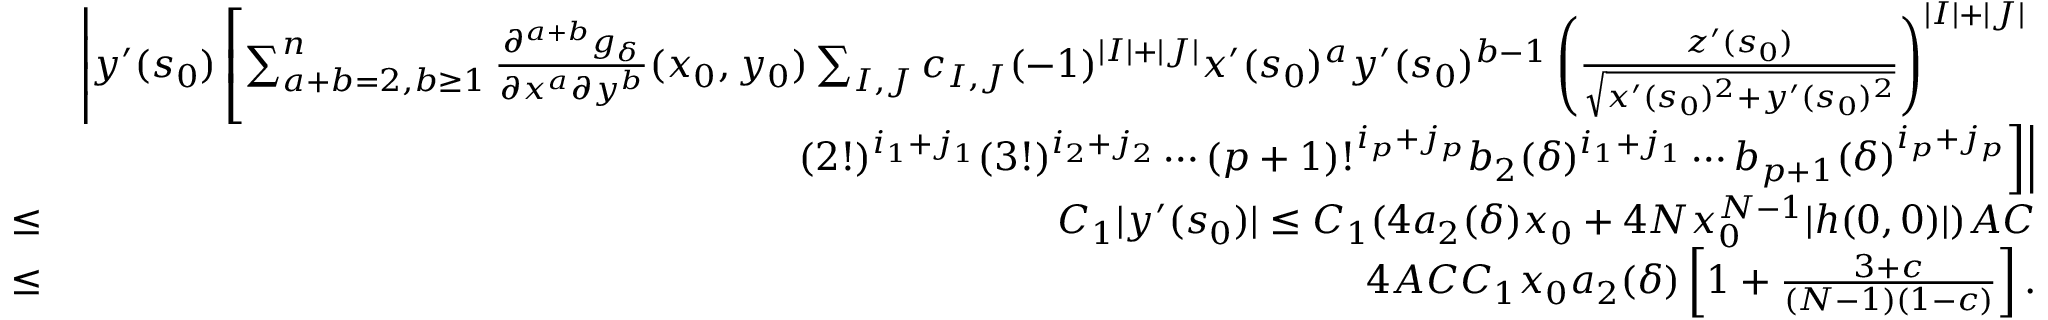
\begin{array} { r l r } & { } & { \left| y ^ { \prime } ( s _ { 0 } ) \left[ \sum _ { a + b = 2 , b \geq 1 } ^ { n } \frac { \partial ^ { a + b } g _ { \delta } } { \partial x ^ { a } \partial y ^ { b } } ( x _ { 0 } , y _ { 0 } ) \sum _ { I , J } c _ { I , J } ( - 1 ) ^ { | I | + | J | } x ^ { \prime } ( s _ { 0 } ) ^ { a } y ^ { \prime } ( s _ { 0 } ) ^ { b - 1 } \left( \frac { z ^ { \prime } ( s _ { 0 } ) } { \sqrt { x ^ { \prime } ( s _ { 0 } ) ^ { 2 } + y ^ { \prime } ( s _ { 0 } ) ^ { 2 } } } \right) ^ { | I | + | J | } \right. \right. } \\ & { } & { \left. \left. ( 2 ! ) ^ { i _ { 1 } + j _ { 1 } } ( 3 ! ) ^ { i _ { 2 } + j _ { 2 } } \cdots ( p + 1 ) ! ^ { i _ { p } + j _ { p } } b _ { 2 } ( \delta ) ^ { i _ { 1 } + j _ { 1 } } \cdots b _ { p + 1 } ( \delta ) ^ { i _ { p } + j _ { p } } \right] \right| } \\ & { \leq } & { C _ { 1 } | y ^ { \prime } ( s _ { 0 } ) | \leq C _ { 1 } ( 4 a _ { 2 } ( \delta ) x _ { 0 } + 4 N x _ { 0 } ^ { N - 1 } | h ( 0 , 0 ) | ) A C } \\ & { \leq } & { 4 A C C _ { 1 } x _ { 0 } a _ { 2 } ( \delta ) \left[ 1 + \frac { 3 + c } { ( N - 1 ) ( 1 - c ) } \right] . } \end{array}